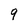
Character: 9